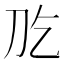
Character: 𠚮